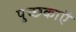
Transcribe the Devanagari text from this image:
पुच्छकाएँ